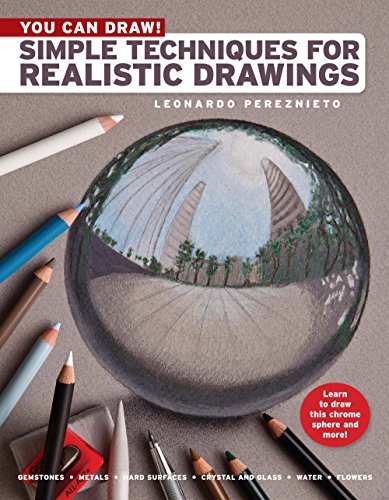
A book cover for You Can Draw!: Simple Techniques for Realistic Drawings; Leonardo Pereznieto; Arts & Photography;